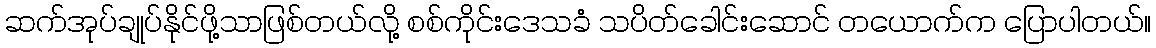
ဆက်အုပ်ချုပ်နိုင်ဖို့သာဖြစ်တယ်လို့ စစ်ကိုင်းဒေသခံ သပိတ်ခေါင်းဆောင် တယောက်က ပြောပါတယ်။